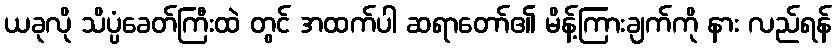
ယခုလို သိပ္ပံခေတ်ကြီးထဲ တွင် အထက်ပါ ဆရာတော်၏ မိန့်ကြားချက်ကို နား လည်ရန်